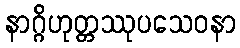
နာဂ္ဂိဟုတ္တဿုပသေဝနာ